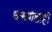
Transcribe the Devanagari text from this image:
धनवर्गशाही